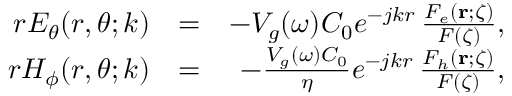
\begin{array} { r l r } { r E _ { \theta } ( r , \theta ; k ) } & { = } & { - V _ { g } ( \omega ) C _ { 0 } e ^ { - j k r } \, \frac { F _ { e } ( { \bf r } ; \zeta ) } { F ( \zeta ) } , } \\ { r H _ { \phi } ( r , \theta ; k ) } & { = } & { - \frac { V _ { g } ( \omega ) C _ { 0 } } { \eta } e ^ { - j k r } \, \frac { F _ { h } ( { \bf r } ; \zeta ) } { F ( \zeta ) } , } \end{array}